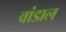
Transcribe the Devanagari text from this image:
वांडाल